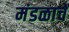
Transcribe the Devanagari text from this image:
मंडळाचें